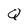
Character: Q